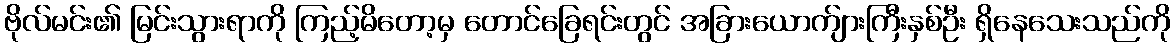
ဗိုလ်မင်း၏ မြင်းသွားရာကို ကြည့်မိတော့မှ တောင်ခြေရင်းတွင် အခြားယောက်ျားကြီးနှစ်ဦး ရှိနေသေးသည်ကို